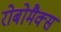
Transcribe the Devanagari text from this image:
रोबोमैक्स